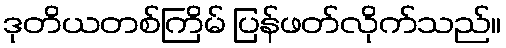
ဒုတိယတစ်ကြိမ် ပြန်ဖတ်လိုက်သည်။